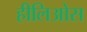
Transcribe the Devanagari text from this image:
हीलिओस